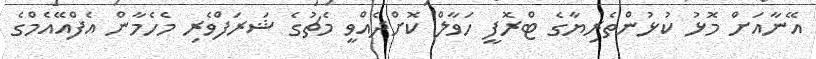
އޭނާއަށް މޮޅު ކުޅުންތެރިޔާގެ ޓްރޮފީ ހަވާލް ކޮށްދެއްވީ މެޗުގެ ޝަރަފްވެރި މެހެމާން އެފްއޭއެމްގެ